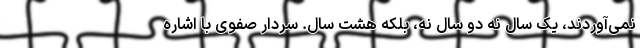
نمی‌آوردند، یک سال نه دو سال نه، بلکه هشت سال. سردار صفوی با اشاره